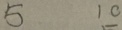
5 1 0